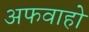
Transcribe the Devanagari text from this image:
अफवाहो